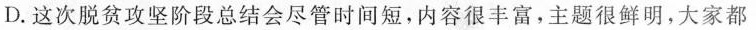
D.这次脱贫攻坚阶段总结会尽管时间短，内容很丰富，主题很鲜明，大家都